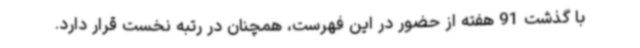
با گذشت 91 هفته از حضور در این فهرست، همچنان در رتبه نخست قرار دارد.